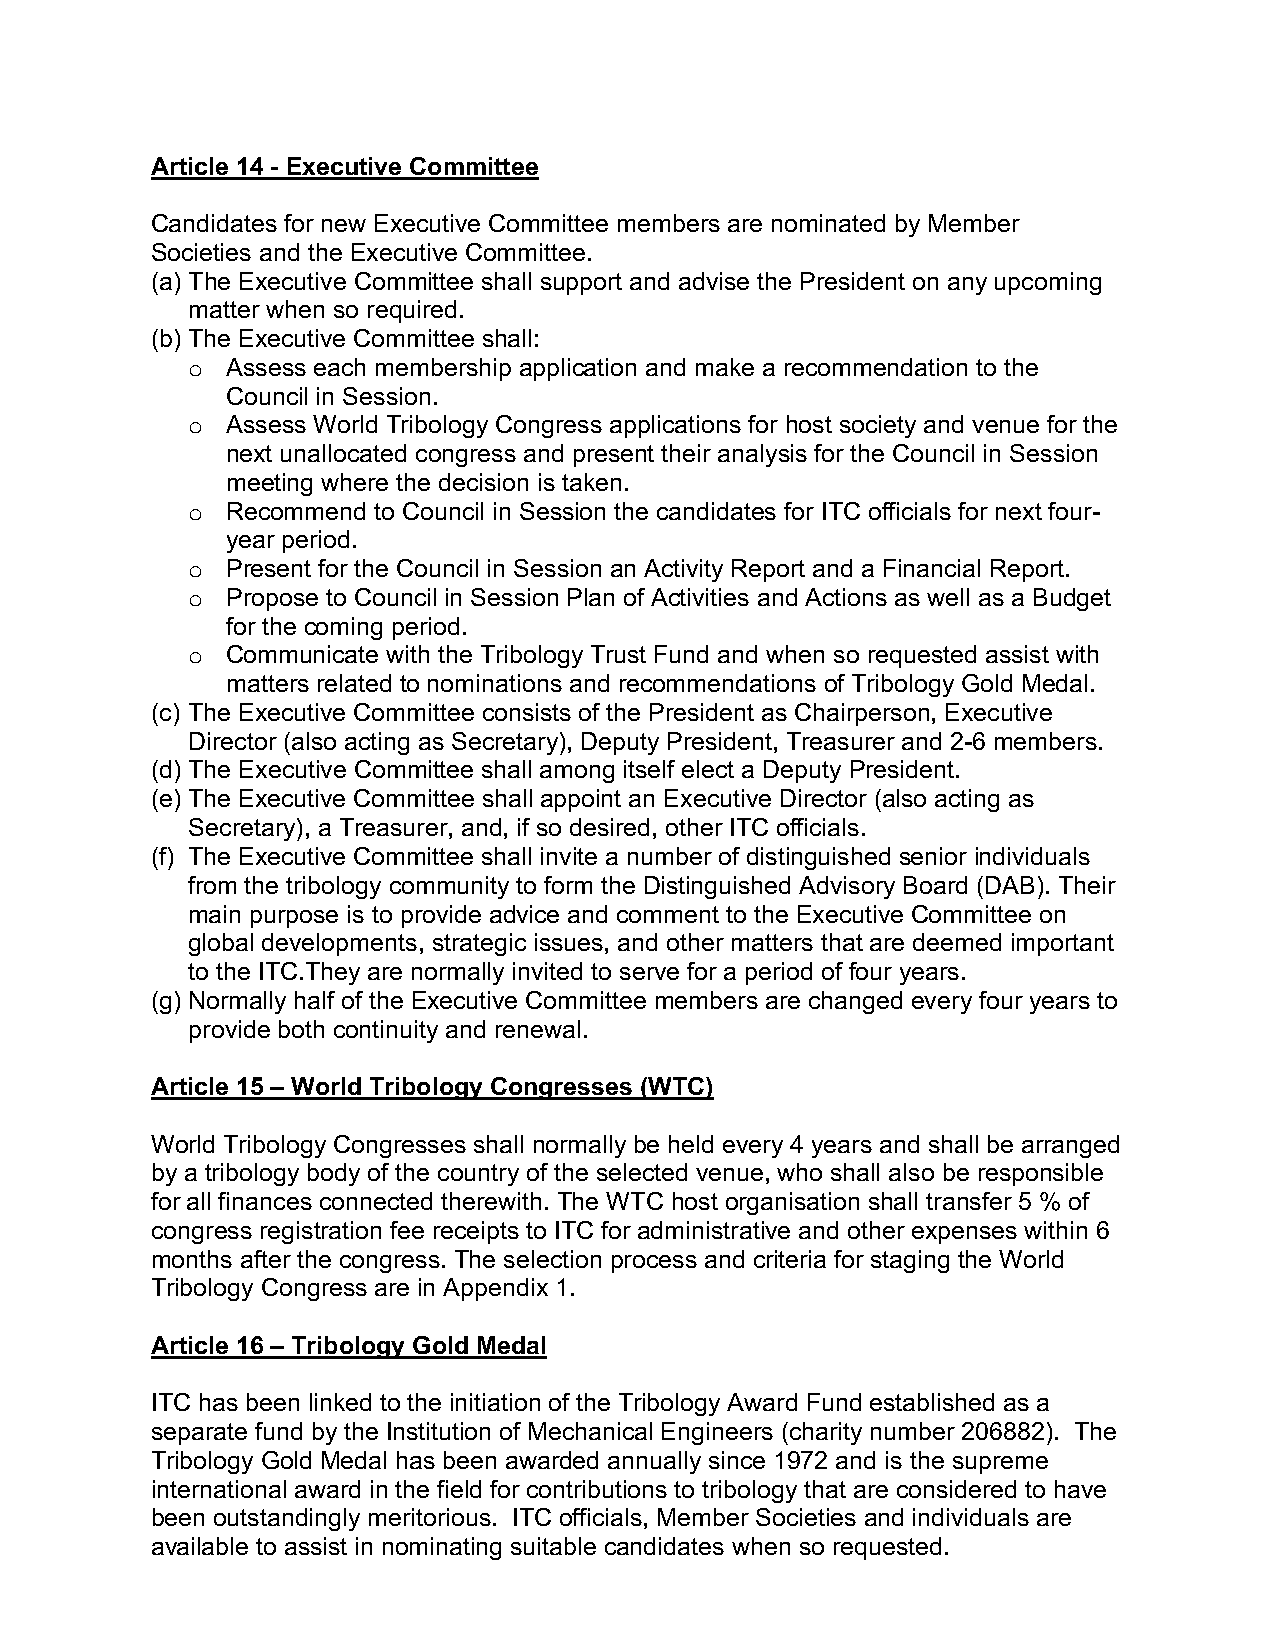
Article 14 - Executive Committee
 Candidates for new Executive Committee members are nominated by Member
 Societies and the Executive Committee.
 (a) The Executive Committee shall support and advise the President on any upcoming
 matter when so required.
 (b) The Executive Committee shall:
 o  Assess each membership application and make a recommendation to the
 Council in Session.
 o  Assess World Tribology Congress applications for host society and venue for the
 next unallocated congress and present their analysis for the Council in Session
 meeting where the decision is taken.
 o  Recommend to Council in Session the candidates for ITC officials for next four-
 year period.
 o  Present for the Council in Session an Activity Report and a Financial Report.
 o  Propose to Council in Session Plan of Activities and Actions as well as a Budget
 for the coming period.
 o  Communicate with the Tribology Trust Fund and when so requested assist with
 matters related to nominations and recommendations of Tribology Gold Medal.
 (c) The Executive Committee consists of the President as Chairperson, Executive
 Director (also acting as Secretary), Deputy President, Treasurer and 2-6 members.
 (d) The Executive Committee shall among itself elect a Deputy President.
 (e) The Executive Committee shall appoint an Executive Director (also acting as
 Secretary), a Treasurer, and, if so desired, other ITC officials.
 (f) The Executive Committee shall invite a number of distinguished senior individuals
 from the tribology community to form the Distinguished Advisory Board (DAB). Their
 main purpose is to provide advice and comment to the Executive Committee on
 global developments, strategic issues, and other matters that are deemed important
 to the ITC.They are normally invited to serve for a period of four years.
 (g) Normally half of the Executive Committee members are changed every four years to
 provide both continuity and renewal.
 Article 15 – World Tribology Congresses (WTC)
 World Tribology Congresses shall normally be held every 4 years and shall be arranged
 by a tribology body of the country of the selected venue, who shall also be responsible
 for all finances connected therewith. The WTC host organisation shall transfer 5 % of
 congress registration fee receipts to ITC for administrative and other expenses within 6
 months after the congress. The selection process and criteria for staging the World
 Tribology Congress are in Appendix 1.
 Article 16 – Tribology Gold Medal
 ITC has been linked to the initiation of the Tribology Award Fund established as a
 separate fund by the Institution of Mechanical Engineers (charity number 206882). The
 Tribology Gold Medal has been awarded annually since 1972 and is the supreme
 international award in the field for contributions to tribology that are considered to have
 been outstandingly meritorious. ITC officials, Member Societies and individuals are
 available to assist in nominating suitable candidates when so requested.